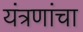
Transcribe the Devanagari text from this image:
यंत्रणांचा